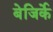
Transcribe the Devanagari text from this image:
बेजिर्के